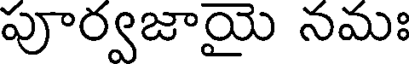
పూర్వజాయై నమః